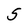
Character: S